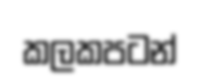
කලකපටන්